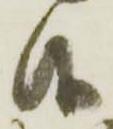
候